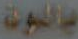
بالنبوة